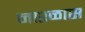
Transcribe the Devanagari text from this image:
नारळास